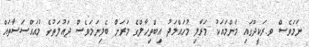
ނަމަވެސް ވ.ރަކީދޫގައި މަންމައަކު މަރާލި މުހައްމަދު އިބްތިހާލްގެ މަރަށް ބެލިނަމަވެސް ދައުލަތުގެ މުއައްސަސާތައް